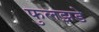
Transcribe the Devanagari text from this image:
फुलझडे